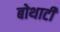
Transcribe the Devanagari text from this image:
बोथाटी